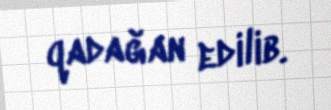
qadağan edilib.